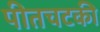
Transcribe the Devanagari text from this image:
पीतचटकी